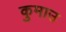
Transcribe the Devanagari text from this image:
कुमाउ